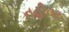
નહીતર